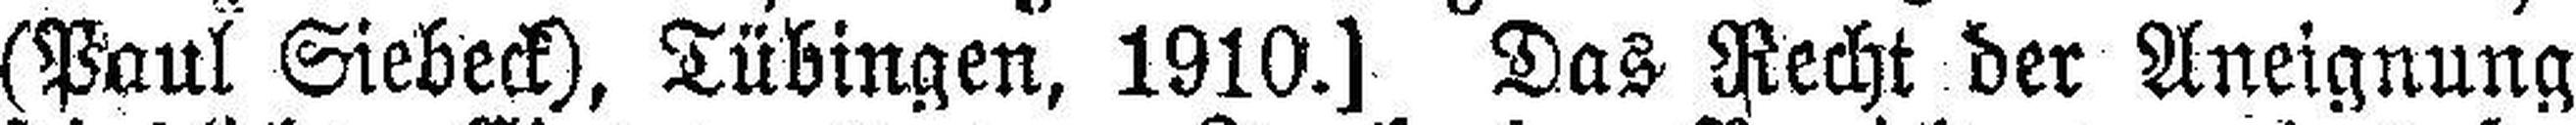
(Paul Siebeck), Tübingen, 1910.] Das Recht der Aneignung